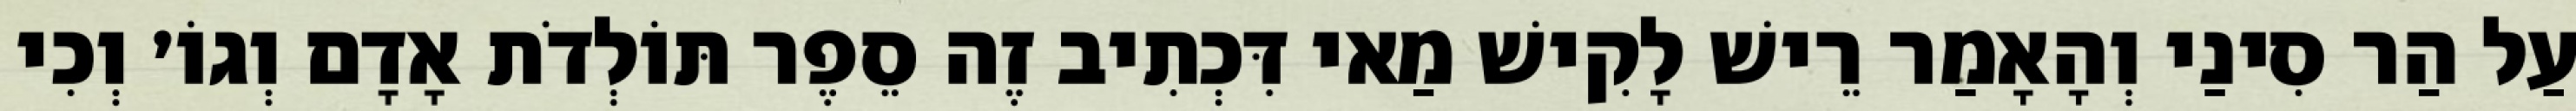
עַל הַר סִינַי וְהָאָמַר רֵישׁ לָקִישׁ מַאי דִּכְתִיב זֶה סֵפֶר תּוֹלְדֹת אָדָם וְגוֹ׳ וְכִי